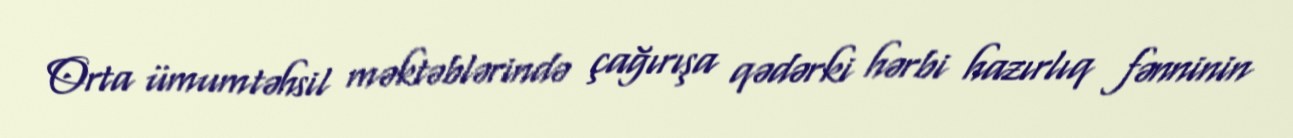
Orta ümumtəhsil məktəblərində çağırışa qədərki hərbi hazırlıq fənninin